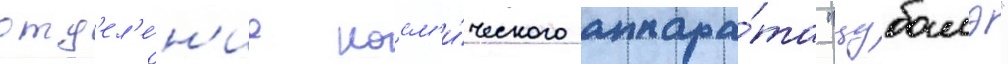
отд'ел'е́н'ие косм'и́ческого аппара́та "цубамэ"